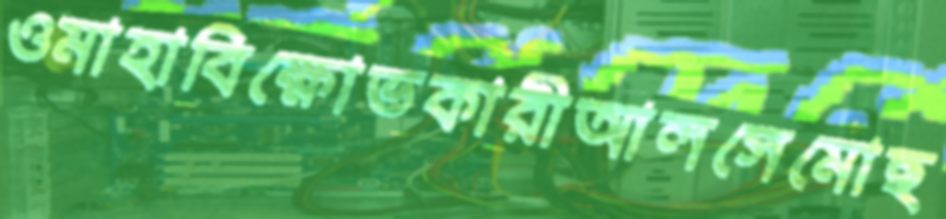
ওমাহাবিক্ষোভকারীআলসেমোছ